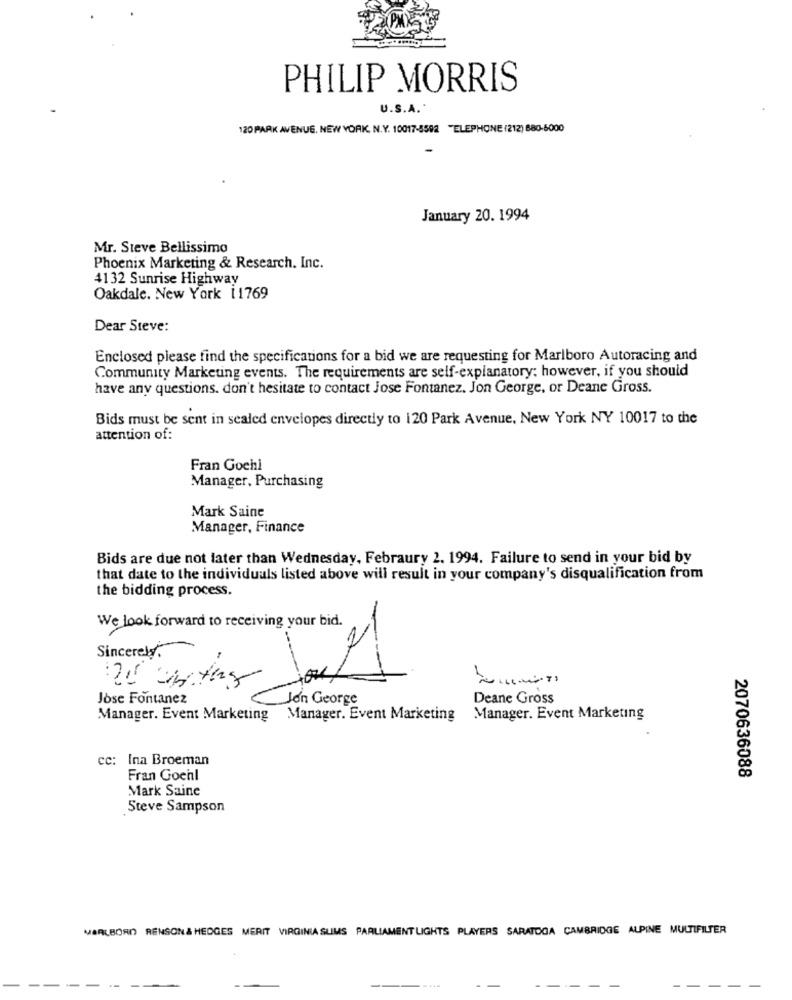
PHILIP MORRIS
U.S.A.
120 PARK AVENUE, NEW YORK, N.Y. 10017-5592 "ELEPHONE (212) 880-6000
January 20. 1994
Mr. Steve Bellissimo
Phoenix Marketing & Research. Inc.
4132 Sunrise Highway
Oakdale. New York 11769
Dear Steve:
Enclosed please find the specifications for a bid we are requesting for Marlboro Autoracing and
Community Marketing events. The requirements are self-explanatory: however, if you should
have any questions. don't hesitate to contact Jose Fontanez. Jon George, or Deane Gross.
Bids must be sent in sealed envelopes directly to 120 Park Avenue, New York NY 10017 to the
attention of:
Fran Gochi
Manager, Purchasing
Mark Saine
Manager, Finance
Bids are due not later than Wednesday, Febraury 2. 1994. Failure to send in your bid by
that date to the individuals listed above will result in your company's disqualification from
the bidding process.
We look forward to receiving your bid.
Sincerely,
--
Jose Fontanez
Jon George
Deane Gross
Manager. Event Marketing Manager. Event Marketing
Manager. Event Marketing
cc: Ina Broeman
Fran Gochl
2070636088
Mark Saine
Steve Sampson
MARLBORO RENSON& HEDGES MERIT VIRGINIA SUMS PARLIAMENT LIGHTS PLAYERS SARATOGA CAMBRIDGE ALPINE MULTIFILTER
---